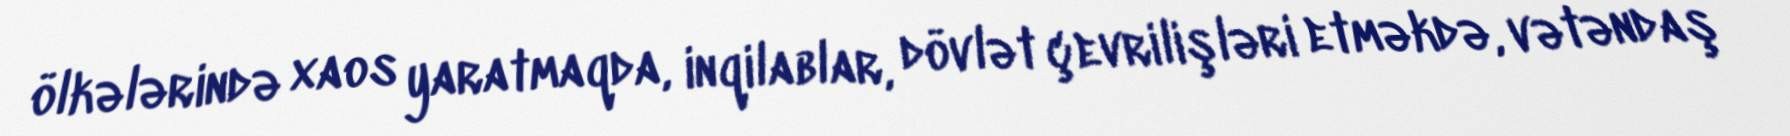
ölkələrində xaos yaratmaqda, inqilablar, dövlət çevrilişləri etməkdə, vətəndaş